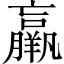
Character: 羸